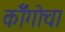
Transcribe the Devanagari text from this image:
कॉँगोचा